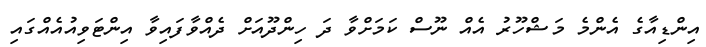
އިންޑިއާގެ އެންމެ މަޝްހޫރު އެއް ނޫސް ކަމަށްވާ ދަ ހިންދޫއަށް ދެއްވާފައިވާ އިންޓަވިއުއެއްގައި